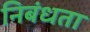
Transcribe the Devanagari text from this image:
निबंधता